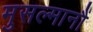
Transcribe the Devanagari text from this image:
मुसल्मानौं